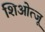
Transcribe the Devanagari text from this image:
शिओत्जू